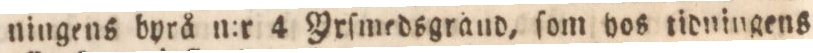
ningens byrå n:r 4 Yrſmedsgrånd, ſom hos tidningens